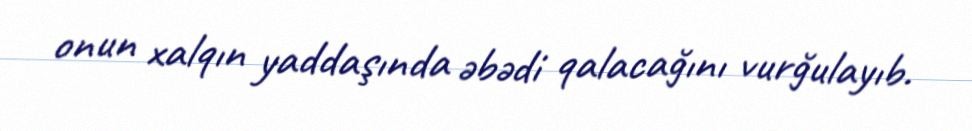
onun xalqın yaddaşında əbədi qalacağını vurğulayıb.